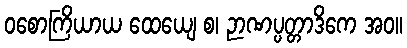
ဝစောကြိယာယ ထေယျေ စ၊ ဉာဏပ္ပတ္တာဒိကေ အဝ။